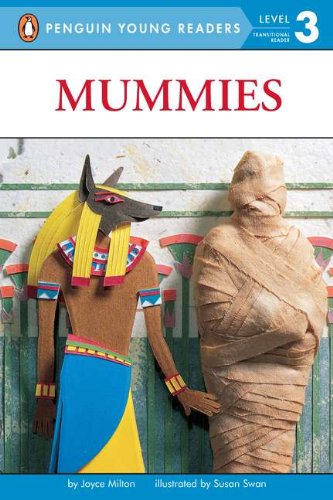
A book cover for Mummies (Penguin Young Readers, Level 3); Joyce Milton; Children's Books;